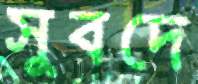
সুবদে